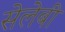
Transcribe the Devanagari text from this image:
सेलेबी